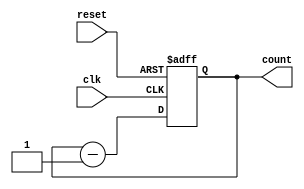
////////////////////////////////////////
//  Functionality: 16 bit down counter 
////////////////////////////////////////

module counterdown16(clk, reset, count);
	input clk, reset;
	output [15:0] count;
	reg [15:0] count;                                   

	initial begin
      	  count <= 16'hffff;
    	end   	
	
	always @ (posedge clk or negedge reset) begin
		if (reset == 1'b0)
		  count <= 16'hffff;
		else 
		  count <= count - 1;
	end

endmodule